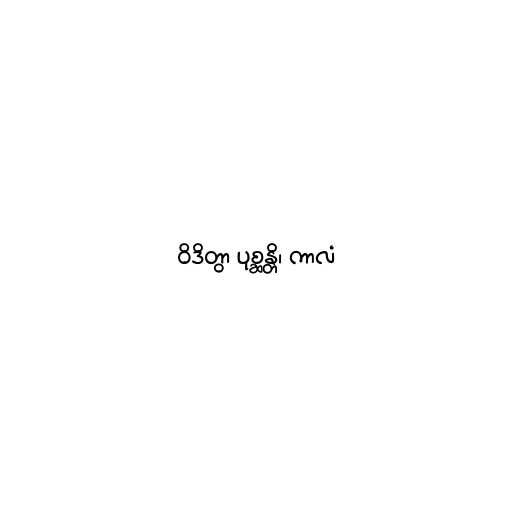
ဝိဒိတွာ ပုစ္ဆန္တိ၊ ကာလံ